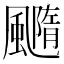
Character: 𩙇